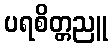
ပရစိတ္တညူ